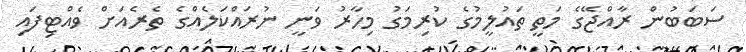
ސަބަބުން ރާއްޖޭގެ މަތީ ތައުލީމުގެ ކުރިމަގު މިހާރު ވަނީ ނުރައްކަލެއްގެ ތެރެއަށް ވެއްޓިފައި